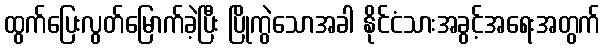
ထွက်ပြေးလွတ်မြောက်ခဲ့ပြီး ပြိုကွဲသောအခါ နိုင်ငံသားအခွင့်အရေးအတွက်